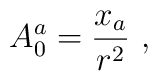
A_{0}^{a} = \frac{x_{a}}{r^{2}} ~,